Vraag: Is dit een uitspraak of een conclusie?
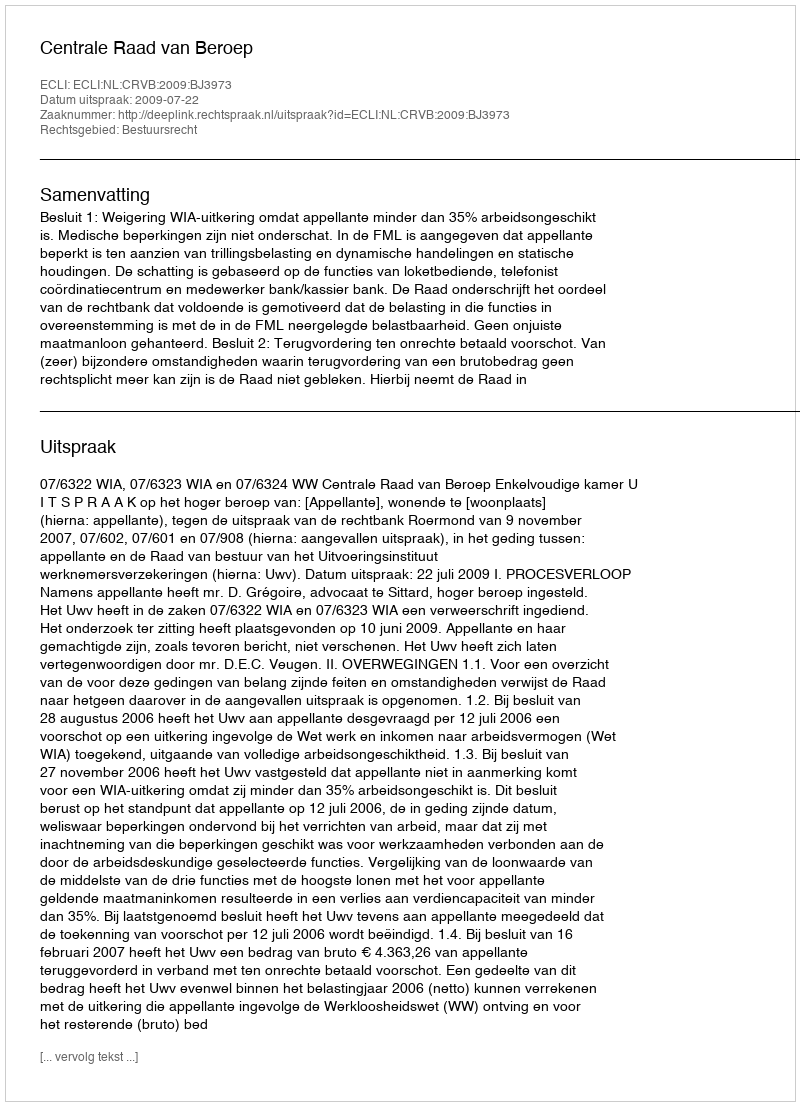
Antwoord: Uitspraak